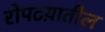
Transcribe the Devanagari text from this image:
रोपटय़ातील